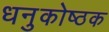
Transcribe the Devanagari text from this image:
धनुकोष्ठक